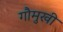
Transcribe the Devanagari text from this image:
गौमुखी